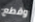
وقطع